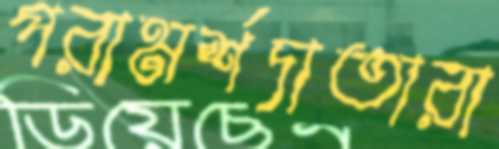
পরামর্শদাতারা